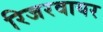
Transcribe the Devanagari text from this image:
रिजरवायर